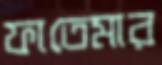
ফাতেমার